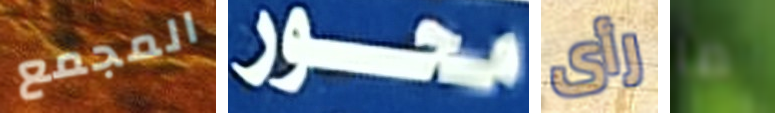
المجمع محور رأى ما